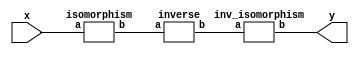
`timescale 1ns/100ps
module SMSS32_62_np_14_3(x,y);
	 input [5:0] x;
	 output [5:0] y;
	 wire [5:0] w;
	 wire [5:0] p;
	 isomorphism C2 (x,w);
	 inverse C3 (w,p);
	 inv_isomorphism C4 (p,y);
endmodule

module add_base(a,b,c);
	 input [2:0] a;
	 input [2:0] b;
	 output [2:0] c;
	 assign c[0]=a[0]^b[0];
	 assign c[1]=a[1]^b[1];
	 assign c[2]=a[2]^b[2];
endmodule

module multiplication_base(a,b,c);
	 input [2:0] a;
	 input [2:0] b;
	 wire [4:0] t;
	 wire [3:0] s;
	 wire [3:0] u;
	 output [2:0] c;
	 assign t[0]=(a[0]&b[0]);
	 assign t[1]=(a[0]&b[1]);
	 assign t[2]=(a[0]&b[2]);
	 assign s[0]=(a[1]&b[0]);
	 assign s[1]=(a[1]&b[1]);
	 assign s[2]=(a[1]&b[2]);
	 assign u[0]=(a[2]&b[0]);
	 assign u[1]=(a[2]&b[1]);
	 assign u[2]=(a[2]&b[2]);
	 assign t[3]=s[2]^u[1]^u[2];
	 assign c[0]=t[0]^t[3];
	 assign c[1]=t[1]^s[0]^u[2];
	 assign c[2]=u[0]^s[1]^t[2]^t[3];
endmodule

module square_base(a,b);
	 input [2:0] a;
	 output[2:0] b;
	 assign b[0]=a[0]^a[2];
	 assign b[1]=a[2];
	 assign b[2]=a[1]^a[2];
endmodule

module six_base(a,b);
	 input [2:0] a;
	 wire [4:0] t;
	 output[2:0] b;
	 assign t[0]=(a[0]&a[1]);
	 assign t[1]=(a[0]&a[2]);
	 assign t[2]=(a[1]&a[2]);
	 assign t[3]=t[0]^t[2];
	 assign t[4]=a[2]^t[3];
	 assign b[0]=a[0]^t[1]^t[4];
	 assign b[1]=a[1]^t[4];
	 assign b[2]=a[1]^t[1]^t[2];
endmodule

module inverse(a,b);
	 input [5:0] a;
	 output [5:0] b;
	 wire [2:0] x_0;
	 wire [2:0] x_1;
	 wire [2:0] x_2;
	 wire [2:0] x_3;
	 wire [2:0] x_4;
	 wire [2:0] x_5;
	 wire [2:0] x_6;
	 wire [2:0] x_7;
	 wire [2:0] y_0;
	 wire [2:0] y_1;
	 assign x_0[0]=a[0];
	 assign x_0[1]=a[1];
	 assign x_0[2]=a[2];
	 assign x_1[0]=a[3];
	 assign x_1[1]=a[4];
	 assign x_1[2]=a[5];
	 add_base A1 (x_0,x_1,x_2);
	 square_base A2 (x_1,x_3);
	 multiplication_base A3 (x_0,x_2,x_4);
	 add_base A4 (x_3,x_4,x_5);
	 six_base A5 (x_5,x_6);
	 multiplication_base A6 (x_1,x_6,y_0);
	 multiplication_base A7 (x_0,x_6,y_1);
	 assign b[0]=y_0[0];
	 assign b[1]=y_0[1];
	 assign b[2]=y_0[2];
	 assign b[3]=y_1[0];
	 assign b[4]=y_1[1];
	 assign b[5]=y_1[2];
endmodule

module inv_isomorphism(a,b);
	 input [5:0] a;
	 output [5:0] b;
	 assign b[0]=a[0]^a[1]^a[2]^a[5];
	 assign b[1]=a[0]^a[1]^a[2]^a[3]^a[5];
	 assign b[2]=a[0]^a[3]^a[5];
	 assign b[3]=a[0]^a[1]^a[2]^a[3]^a[4]^a[5];
	 assign b[4]=a[2];
	 assign b[5]=a[1]^a[5];
endmodule

module isomorphism(a,b);
	 input [5:0] a;
	 output [5:0] b;
	 assign b[0]=a[0]^a[4]^a[5];
	 assign b[1]=a[1]^a[2]^a[4];
	 assign b[2]=a[4];
	 assign b[3]=a[0]^a[1];
	 assign b[4]=a[1]^a[3];
	 assign b[5]=a[1]^a[2]^a[4]^a[5];
endmodule